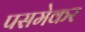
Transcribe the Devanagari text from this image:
पसमेकर